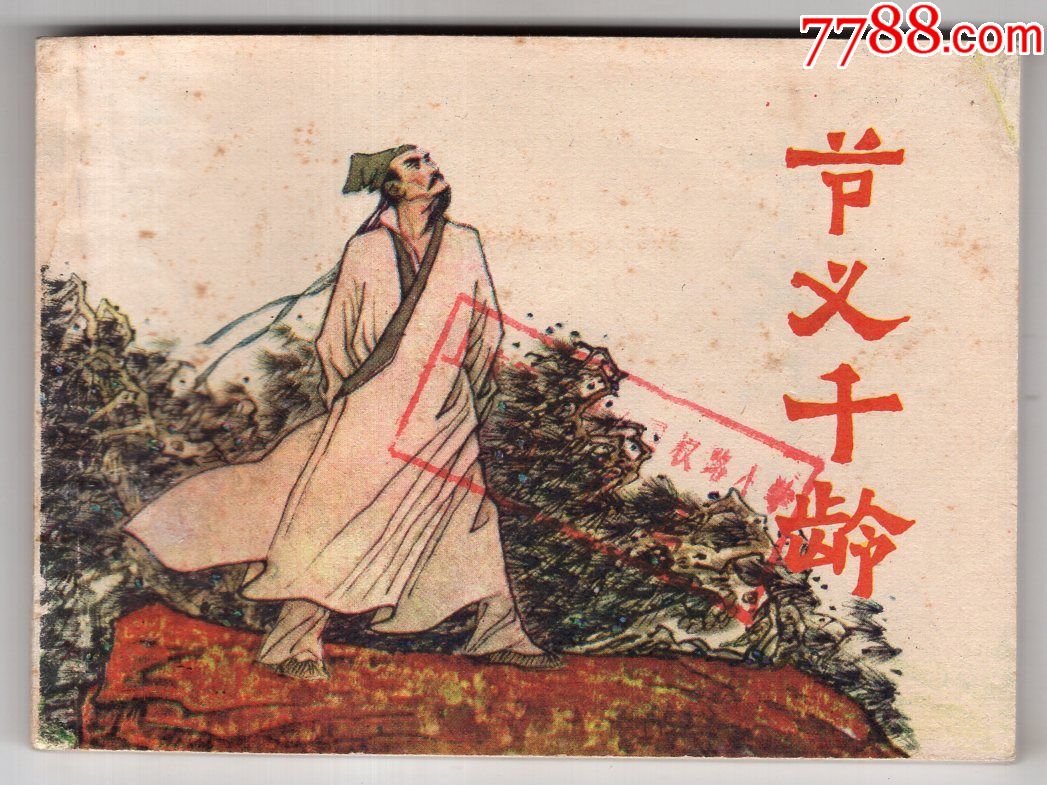
礼以行义，义以生利，利以平民，政之大节也。